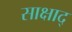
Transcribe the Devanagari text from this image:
साक्षाद्